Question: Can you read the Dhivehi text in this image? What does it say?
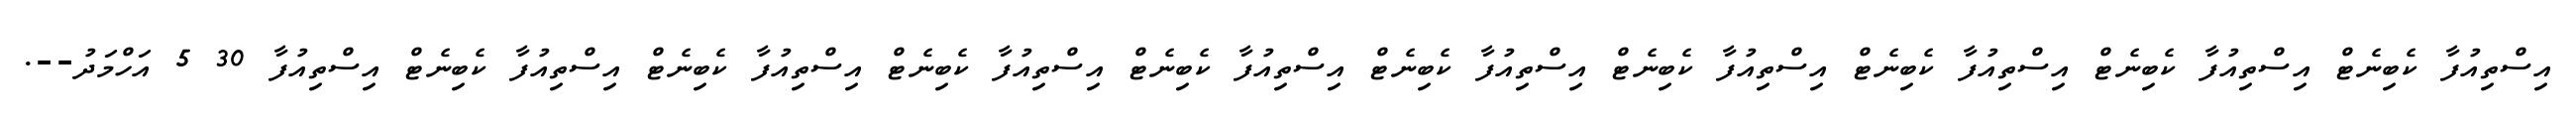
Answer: އިސްތިއުފާ ކެބިނެޓް އިސްތިއުފާ ކެބިނެޓް އިސްތިއުފާ ކެބިނެޓް އިސްތިއުފާ ކެބިނެޓް އިސްތިއުފާ ކެބިނެޓް އިސްތިއުފާ ކެބިނެޓް އިސްތިއުފާ ކެބިނެޓް އިސްތިއުފާ ކެބިނެޓް އިސްތިއުފާ ކެބިނެޓް އިސްތިއުފާ 30 5 އަހްމަދު--.